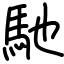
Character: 馳